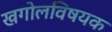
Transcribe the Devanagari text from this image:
खगोलविषयक